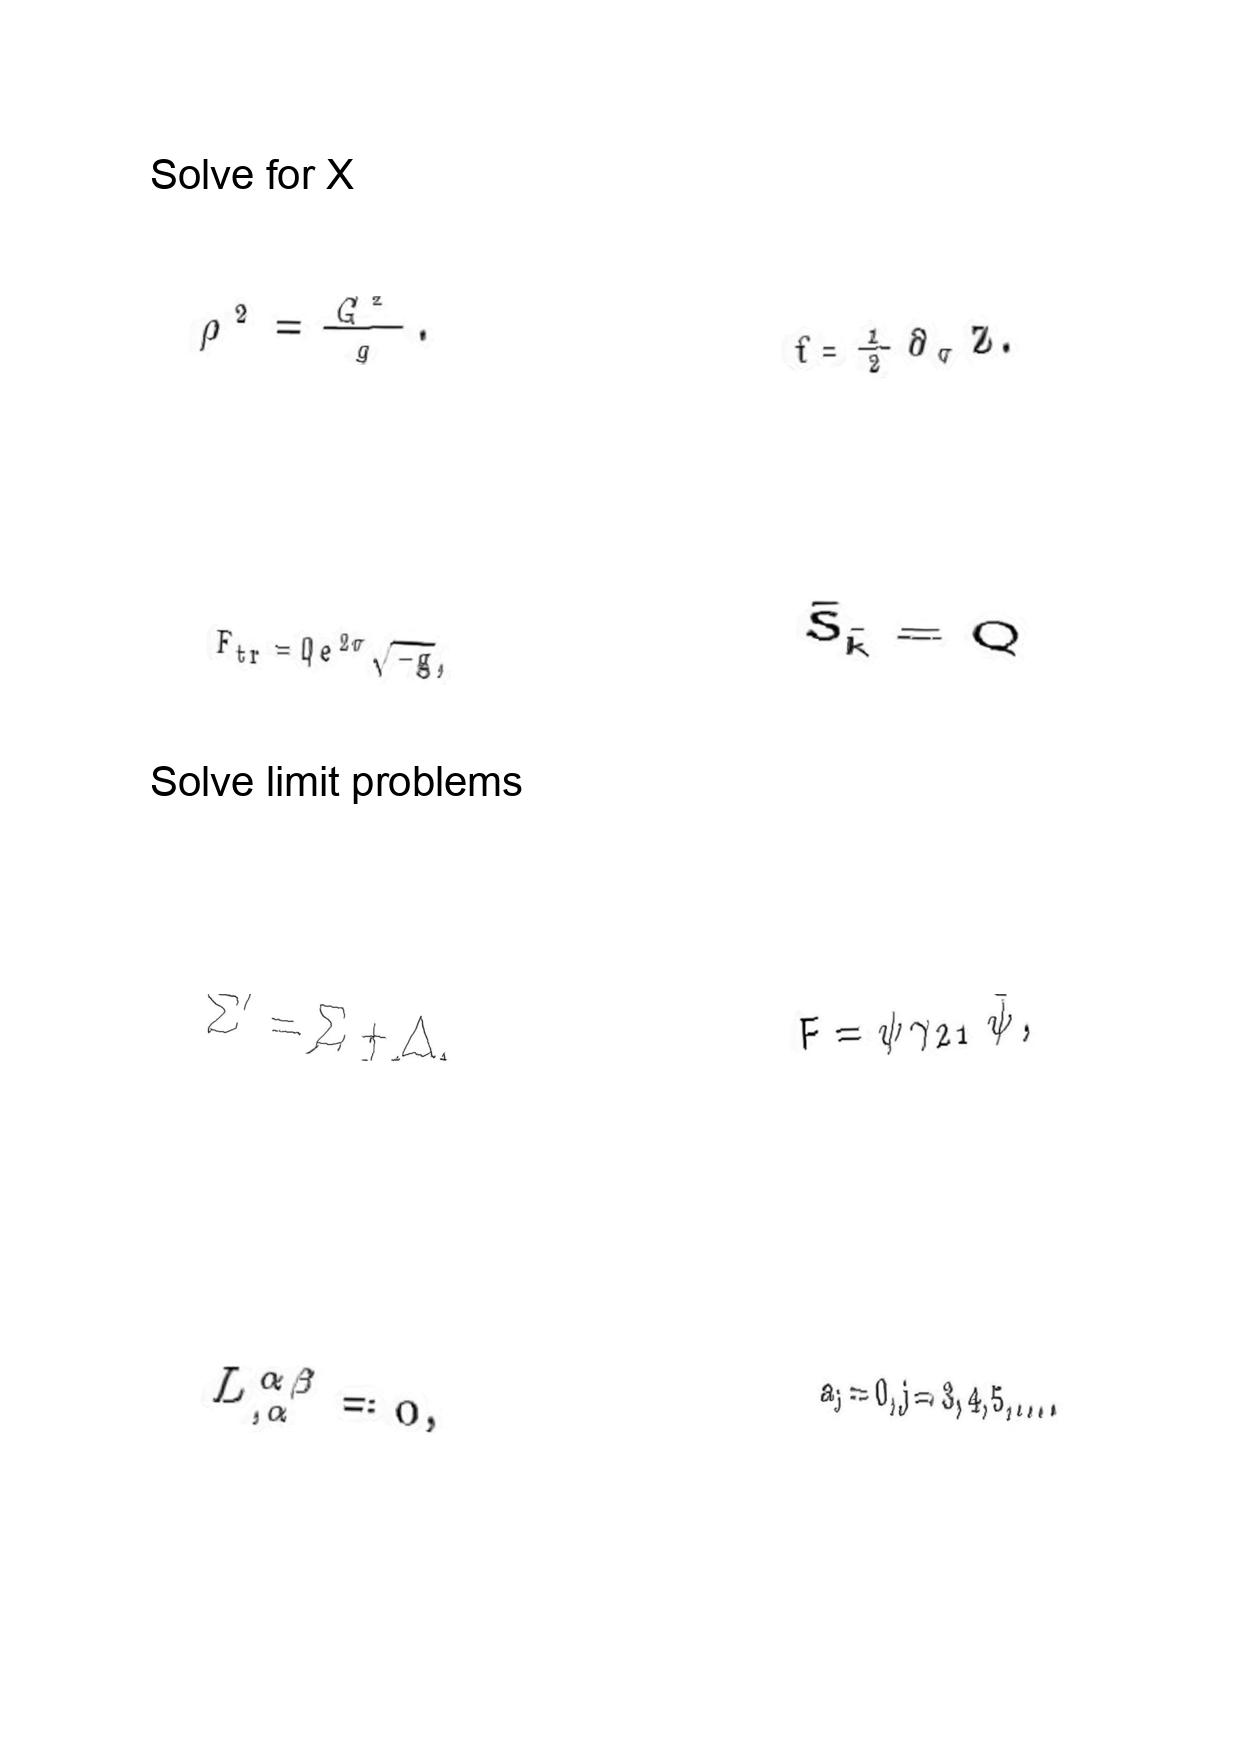
LaTeX transcription:
\rho ^ { 2 } = \frac { G ^ { 2 } } { g } .
F _ { t r } = Q e ^ { 2 \sigma } \sqrt { - g } ,
\Sigma ^ { \prime } = \Sigma + \Delta ,
L ^ { \alpha \beta } _ { , \alpha } = 0 ,
f = \frac { 1 } { 2 } \partial _ { \sigma } Z .
\tilde { S } _ { \tilde { k } } = Q
F = \psi \gamma _ { 2 1 } \tilde { \psi } ,
a _ { j } = 0 , j = 3 , 4 , 5 , \ldots .